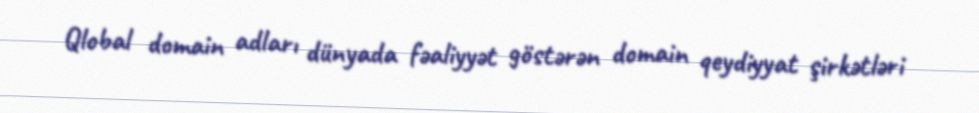
Qlobal domain adları dünyada fəaliyyət göstərən domain qeydiyyat şirkətləri